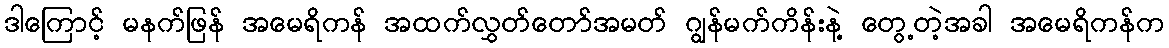
ဒါကြောင့် မနက်ဖြန် အမေရိကန် အထက်လွှတ်တော်အမတ် ဂျွန်မက်ကိန်းနဲ့ တွေ့တဲ့အခါ အမေရိကန်က